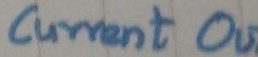
Text: Current OUT